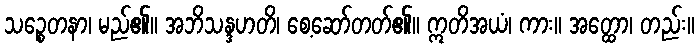
သဉ္စေတနာ၊ မည်၏။ အဘိသန္ဒဟတိ၊ စေ့ဆော်တတ်၏။ ဣတိအယံ၊ ကား။ အတ္ထော၊ တည်း။